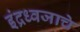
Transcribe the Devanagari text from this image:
इंद्रध्वजाचे